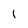
Character: l